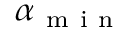
\alpha _ { \mathrm { ~ m ~ i ~ n ~ } }